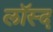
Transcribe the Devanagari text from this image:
लॉस्द